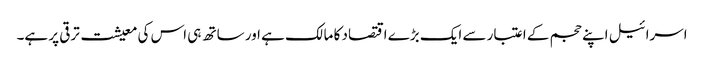
اسرائیل اپنے حجم کے اعتبار سے ایک بڑے اقتصاد کا مالک ہے اور ساتھ ہی اس کی معیشت ترقی پر ہے۔